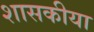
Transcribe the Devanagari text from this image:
शासकीया